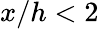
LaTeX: x/h<2